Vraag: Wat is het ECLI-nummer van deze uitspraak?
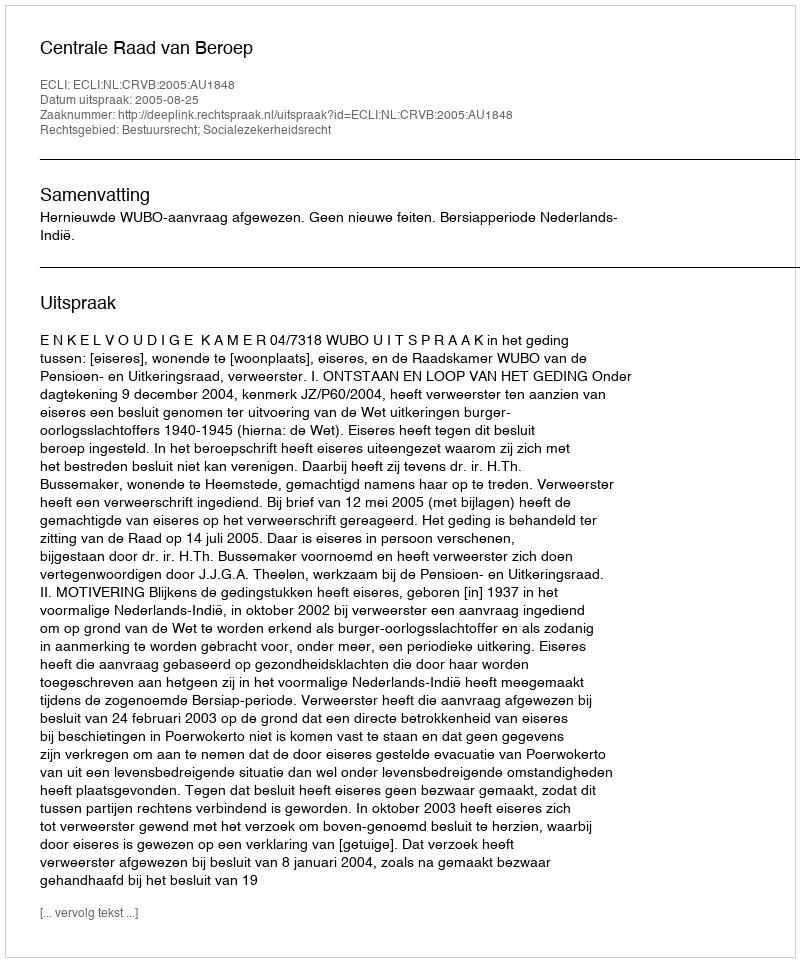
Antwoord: ECLI:NL:CRVB:2005:AU1848